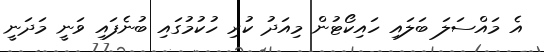
އެ މައްސަލަ ބަލައި ހައިކޯޓުން މިއަދު ކުރި ހުކުމުގައި ބުނެފައި ވަނީ މަދަނީ